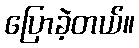
ပြောခဲ့တယ်။